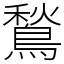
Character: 鶖